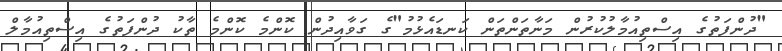
"ދުންފަތުގެ އިސްތިއުމާލުކުރުން މަނާތަންތަން ކަނޑައެޅުމު"ގެ ގަވާއިދުން ކޮންމެ ކޮންމެ ތާކު ދުންފަތުގެ އިސްތިއުމާލް